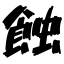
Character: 蝕